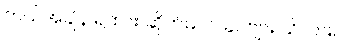
ဘယ်အချိန် ရထား ဆိုက်မလဲ၊ ခင်ဗျား သိလား။